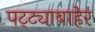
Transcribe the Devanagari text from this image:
पट्ट्याबाहेर